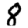
Digit: 8